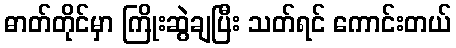
ဓာတ်တိုင်မှာ ကြိုးဆွဲချပြီး သတ်ရင် ကောင်းတယ်